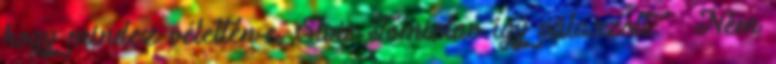
hogy mindez véletlen-e, Sivic Tomislav így válaszolt: – Nem